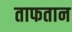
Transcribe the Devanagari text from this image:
ताफतान